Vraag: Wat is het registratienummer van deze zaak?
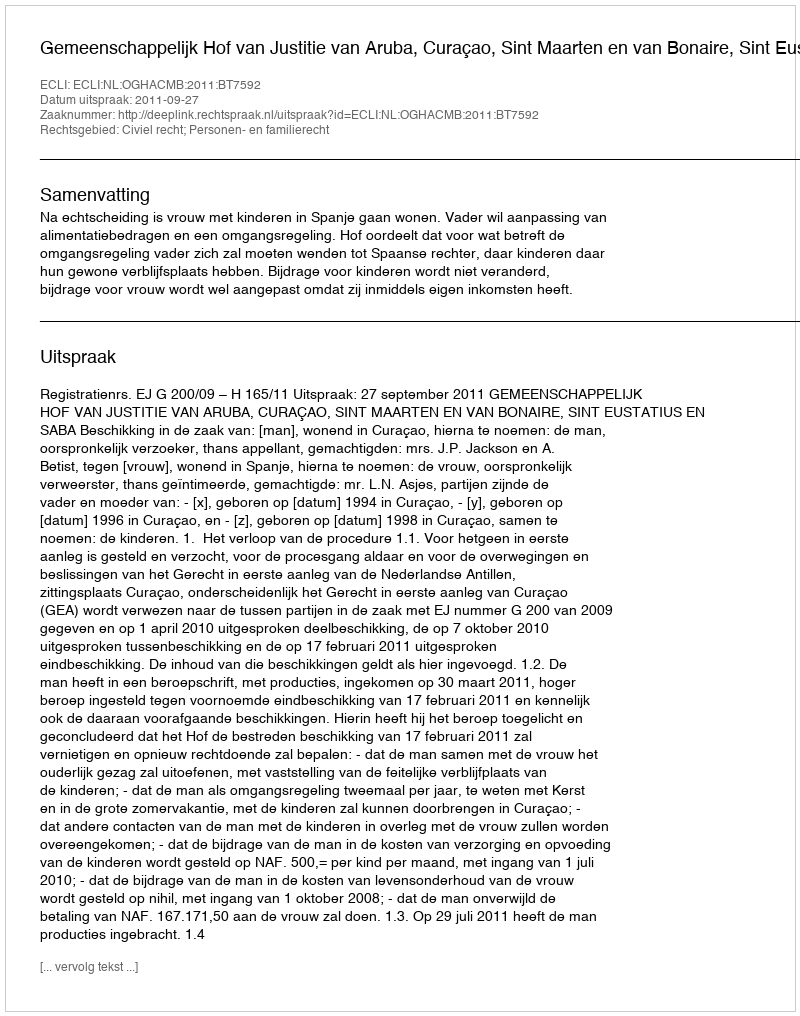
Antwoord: http://deeplink.rechtspraak.nl/uitspraak?id=ECLI:NL:OGHACMB:2011:BT7592